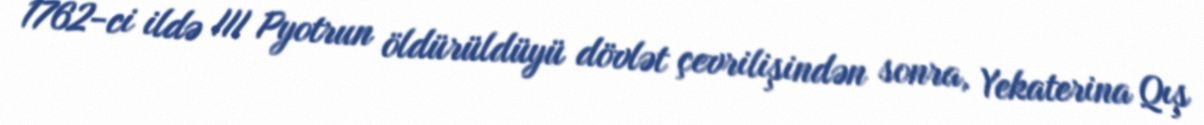
1762-ci ildə III Pyotrun öldürüldüyü dövlət çevrilişindən sonra, Yekaterina Qış